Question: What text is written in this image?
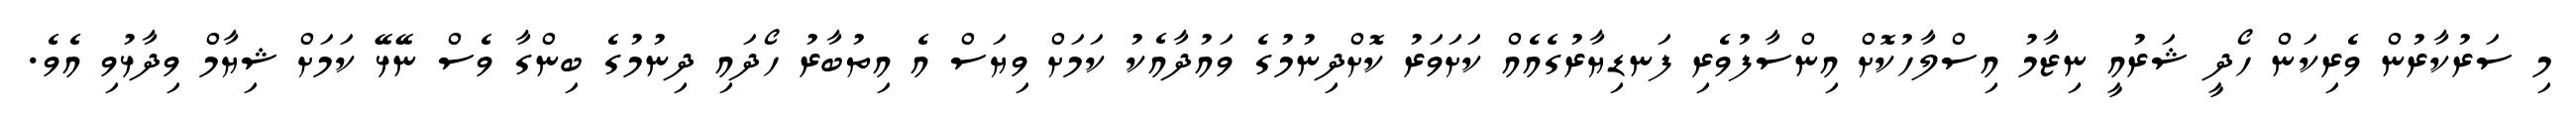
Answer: މި ސަރުކާރުން ވެރިކަން ހޯދީ ޝަރުއީ ނިޒާމު އިސްލާހުކޮށް އިންސާފުވެރި ފަނޑިޔާރުގެއެއް ކަށަވަރު ކޮށްދިނުމުގެ ވައުދާއެކު ކަމަށް ވިޔަސް އެ އިތުބާރު ހޯދައި ދިނުމުގެ ބިންގާ ވެސް ނޭޅޭ ކަމަށް ޝިޔާމް ވިދާޅުވި އެވެ.